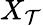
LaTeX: X_{\mathcal{T}}